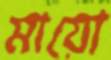
মায়ো